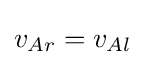
v_{Ar}=v_{Al}